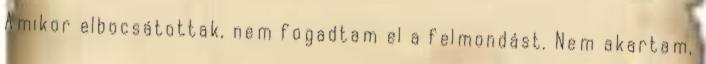
Amikor elbocsátottak, nem fogadtam el a felmondást. Nem akartam,